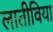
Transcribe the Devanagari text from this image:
लातीविया